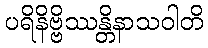
ပရိနိဗ္ဗိဿန္တိနာသဝါတိ